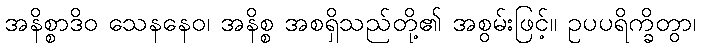
အနိစ္စာဒိဝ သေနနေဝ၊ အနိစ္စ အစရှိသည်တို့၏ အစွမ်းဖြင့်။ ဥပပရိက္ခိတွာ၊